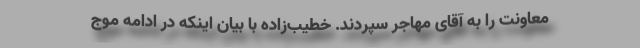
معاونت را به آقای مهاجر سپردند. خطیب‌زاده با بیان اینکه در ادامه موج